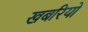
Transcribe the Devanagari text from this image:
खबरियो